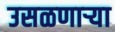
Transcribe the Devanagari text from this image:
उसळणार्‍या